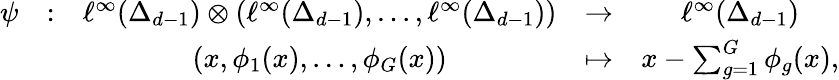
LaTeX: \begin{array}{ccccc}{\psi}&{:}&{\ell^{\infty}(\Delta_{d-1})\otimes(\ell^{\infty}(\Delta_{d-1}),\dots,\ell^{\infty}(\Delta_{d-1}))}&{\to}&{\ell^{\infty}(\Delta_{d-1})}\\ &&{(x,\phi_{1}(x),\dots,\phi_{G}(x))}&{\mapsto}&{x-\sum_{g=1}^{G}\phi_{g}(x),}\end{array}